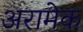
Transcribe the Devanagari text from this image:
अरामेक